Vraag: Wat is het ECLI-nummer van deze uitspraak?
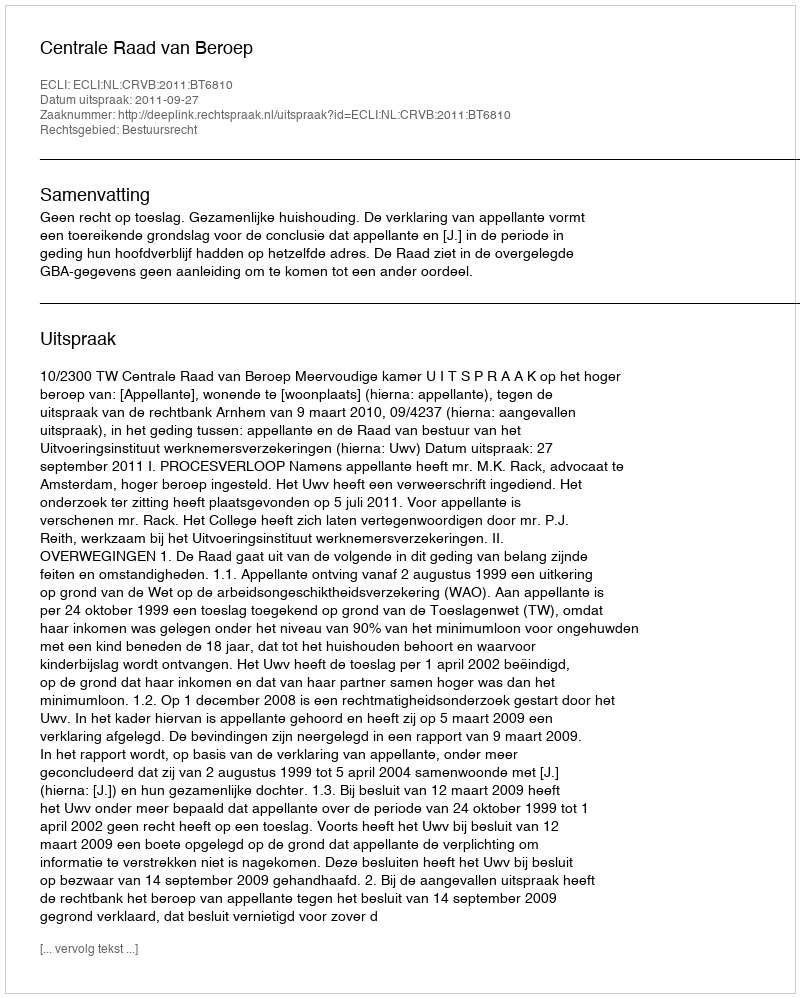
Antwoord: ECLI:NL:CRVB:2011:BT6810